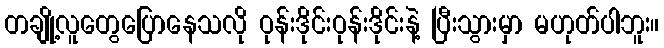
တချို့လူတွေပြောနေသလို ဝုန်းဒိုင်းဝုန်းဒိုင်းနဲ့ ပြီးသွားမှာ မဟုတ်ပါဘူး။